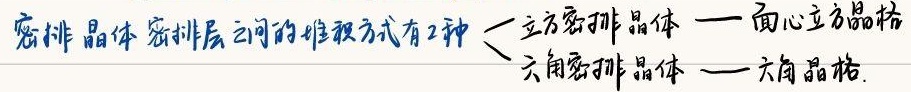
密排晶体密排层之间的堆积方式有2种：
\(\begin{cases}
\text{立方密排晶体} —— \text{面心立方晶格}\\
\text{六角密排晶体} —— \text{六角晶格}
\end{cases}\)